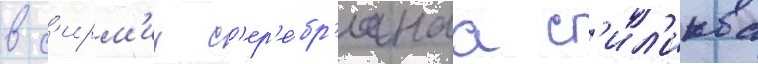
в с'ирм'ии с'ер'е́бр'янаа с'ил'иква